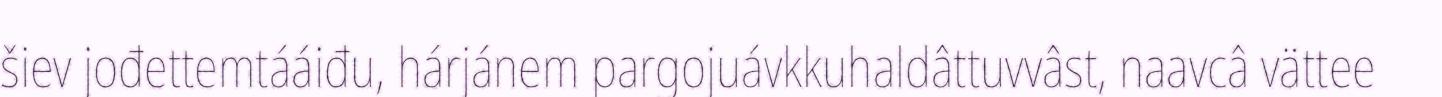
šiev jođettemtááiđu, hárjánem pargojuávkkuhaldâttuvvâst, naavcâ vättee